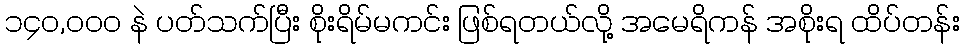
၁၄၀,၀၀၀ နဲ ပတ်သက်ပြီး စိုးရိမ်မကင်း ဖြစ်ရတယ်လို့ အမေရိကန် အစိုးရ ထိပ်တန်း